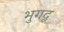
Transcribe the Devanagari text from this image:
भुगदू